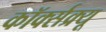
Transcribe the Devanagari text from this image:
कॉर्क्सक्र्यू